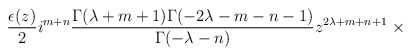
\begin{align*}\frac {\epsilon(z)} {2} i^{m+n}\frac {\Gamma(\lambda+m+1)\Gamma(-2\lambda-m-n-1)}{\Gamma(-\lambda-n)}z^{2\lambda+m+n+1}\;\times\end{align*}